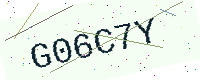
Text: G06C7Y